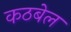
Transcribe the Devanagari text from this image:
कठबेल